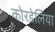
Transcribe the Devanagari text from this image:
कोरडेलिया